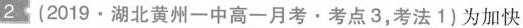
2(2019.湖北黄州-中高-月考·考点3，考法1)为加快